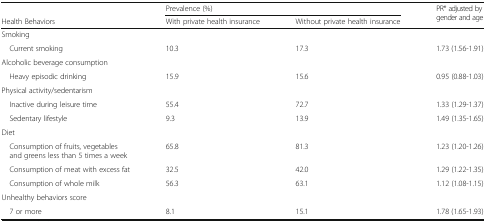
<table><thead><tr><td></td><td colspan="2"><b>Prevalence (%)</b></td><td rowspan="2"><b>PR* adjusted by gender and age</b></td></tr><tr><td><b>Health Behaviors</b></td><td><b>With private health insurance</b></td><td><b>Without private health insurance</b></td></tr></thead><tbody><tr><td colspan="4">Smoking</td></tr><tr><td> Current smoking</td><td>10.3</td><td>17.3</td><td>1.73 (1.56-1.91)</td></tr><tr><td colspan="4">Alcoholic beverage consumption</td></tr><tr><td> Heavy episodic drinking</td><td>15.9</td><td>15.6</td><td>0.95 (0.88-1.03)</td></tr><tr><td colspan="4">Physical activity/sedentarism</td></tr><tr><td> Inactive during leisure time</td><td>55.4</td><td>72.7</td><td>1.33 (1.29-1.37)</td></tr><tr><td> Sedentary lifestyle</td><td>9.3</td><td>13.9</td><td>1.49 (1.35-1.65)</td></tr><tr><td colspan="4">Diet</td></tr><tr><td> Consumption of fruits, vegetables and greens less than 5 times a week</td><td>65.8</td><td>81.3</td><td>1.23 (1.20-1.26)</td></tr><tr><td> Consumption of meat with excess fat</td><td>32.5</td><td>42.0</td><td>1.29 (1.22-1.35)</td></tr><tr><td> Consumption of whole milk</td><td>56.3</td><td>63.1</td><td>1.12 (1.08-1.15)</td></tr><tr><td colspan="4">Unhealthy behaviors score</td></tr><tr><td> 7 or more</td><td>8.1</td><td>15.1</td><td>1.78 (1.65-1.93)</td></tr></tbody></table>